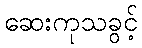
ဆေးကုသခွင့်